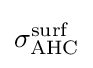
\sigma _{\text{AHC}}^{\text{surf}}